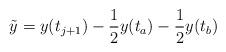
LaTeX: \begin{align*}\tilde y = y(t_{j+1})-\frac12y(t_a)-\frac12y(t_b)\end{align*}